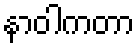
နာဝါကတာ